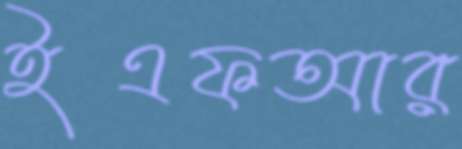
ইএফআর